system: You are a helpful assistant.
user:
Analyze the provided spectrum to determine if it is a **"Cataclysmic Variables (CV)"**.

- **Key Indicators for CV (Check for either state):**
    - **State 1: Quiescent / Low-State (Emission-Dominated)**
        - **(Primary):** Strong and *very broad* Hydrogen Balmer emission lines (e.g., $H\alpha$ at 6563 Å, $H\beta$ at 4861 Å). The 'broadness' (high velocity dispersion, often FWHM > 1000 km/s) is the key diagnostic, indicating a high-velocity accretion disk.
        - **(Secondary):** Broad neutral Helium (He I) emission lines (e.g., 5876 Å, 6678 Å).
        - **(Key Confirmation):** Presence of high-excitation *ionized* Helium (He II) emission at 4686 Å. This is a strong indicator of accretion onto a white dwarf.
        - **(Line Profile):** Emission lines may exhibit a 'double-peaked' profile, which is a classic signature of a rotating accretion disk viewed at high inclination.

    - **State 2: Outburst / High-State (Absorption-Dominated)**
        - **(Primary):** Spectrum is dominated by a bright, blue continuum (looks like a hot star).
        - **(Secondary):** The emission lines from State 1 are weak, absent, or 'filled in', and are replaced by broad, shallow *absorption* lines (primarily Balmer and He I).
        - **(Morphology):** The overall spectrum mimics a hot B/A-type star. The crucial difference is that the absorption lines are significantly broader, shallower, and more 'washed-out' (or 'smeared') than the sharp lines of a normal stellar photosphere, due to high rotational speeds and pressure broadening in the disk.

Think first, call **spectral_visualization_tool** if needed to examine features in detail, then provide your final answer. Your response must adhere to the following strict rules:
1.  **Overall Structure:** Your response must follow the format `<think>...</think> <tool_call>...</tool_call> (if a tool is used) <answer>...</answer>`.
2.  **Tool Usage Constraint:** You may only make **one** tool call per turn.
3.  **Final Answer Format:** In the `<answer>` tag, your conclusion must be inside a `\boxed{}` command (e.g., `\boxed{YES}`), followed by your justification.

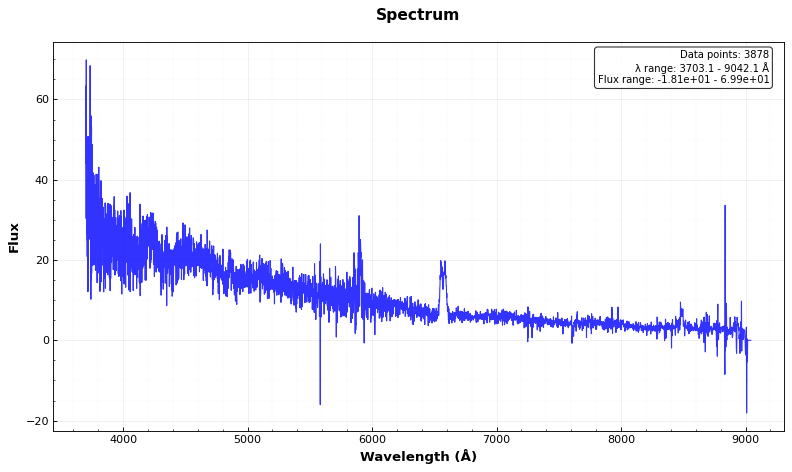
Answer: YES